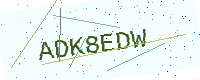
Text: ADK8EDW